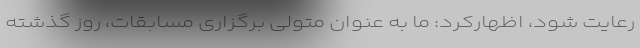
رعایت شود، اظهارکرد: ما به عنوان متولی برگزاری مسابقات، روز گذشته